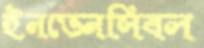
ইনভেনসিবল